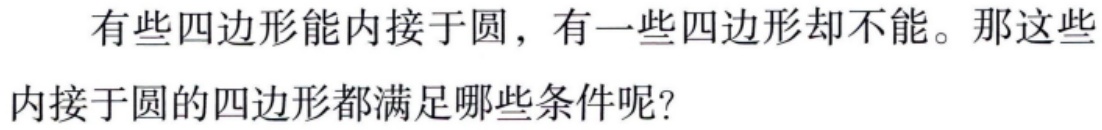
有些四边形能内接于圆，有一些四边形却不能。那这些内接于圆的四边形都满足哪些条件呢？